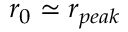
r _ { 0 } \simeq r _ { p e a k }